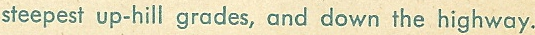
steepest up-hill grades, and down the highway.